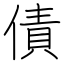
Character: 債